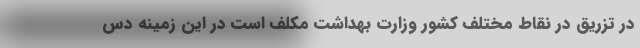
در تزریق در نقاط مختلف کشور وزارت بهداشت مکلف است در این زمینه دس